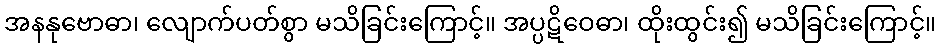
အနနုဗောဓာ၊ လျောက်ပတ်စွာ မသိခြင်းကြောင့်။ အပ္ပဋိဝေဓာ၊ ထိုးထွင်း၍ မသိခြင်းကြောင့်။